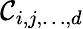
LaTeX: \mathcal{C}_{i,j,\dots,d}